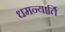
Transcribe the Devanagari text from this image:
धमन्यार्ति